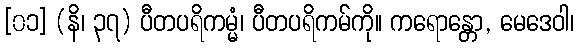
[၀၁] (နိ၊ ၃၇) ပီတပရိကမ္မံ၊ ပီတပရိကမ်ကို။ ကရောန္တော, မေဒေဝါ၊